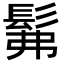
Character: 髴